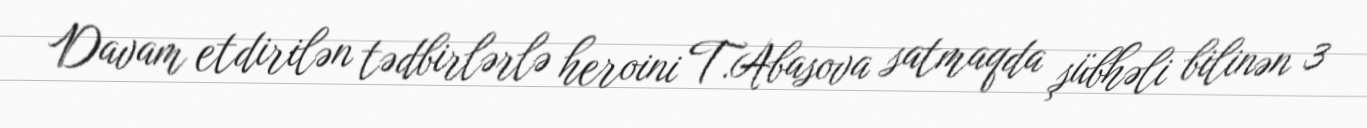
Davam etdirilən tədbirlərlə heroini T.Abasova satmaqda şübhəli bilinən 3